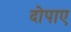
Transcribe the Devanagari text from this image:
दोपाए